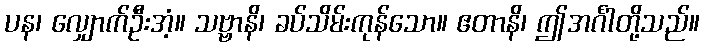
ပန၊ လျှောက်ဦးအံ့။ သဗ္ဗာနိ၊ ခပ်သိမ်းကုန်သော။ ဧတာနိ၊ ဤအင်္ဂါတို့သည်။